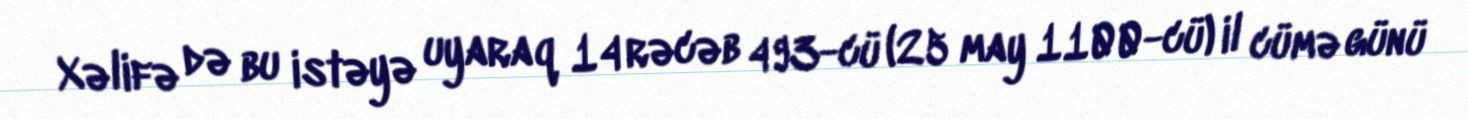
Xəlifə də bu istəyə uyaraq 14 rəcəb 493-cü (25 may 1100-cü) il cümə günü